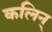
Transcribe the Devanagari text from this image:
कलिन्